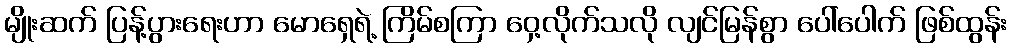
မျိုးဆက် ပြန့်ပွားရေးဟာ မောရှေရဲ့ ကြိမ်စကြာ ဝှေ့လိုက်သလို လျင်မြန်စွာ ပေါ်ပေါက် ဖြစ်ထွန်း